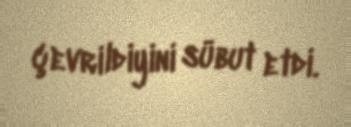
çevrildiyini sübut etdi.